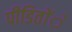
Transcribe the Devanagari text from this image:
पीडिताेंे